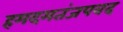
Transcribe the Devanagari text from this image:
हमदमतंजपवद